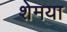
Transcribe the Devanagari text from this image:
शेमया